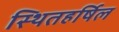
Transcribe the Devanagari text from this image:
स्थितहर्षिल